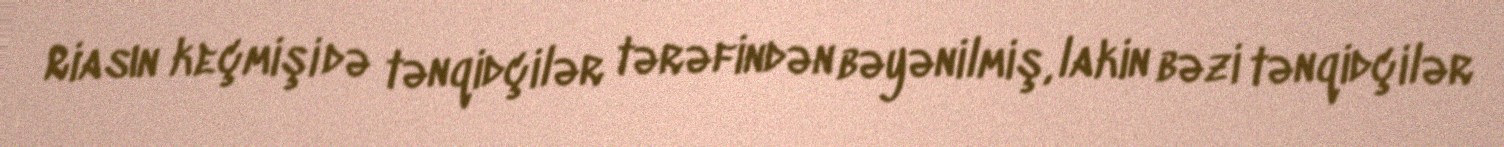
Riasın keçmişi də tənqidçilər tərəfindən bəyənilmiş, lakin bəzi tənqidçilər